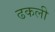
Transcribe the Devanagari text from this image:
ढकली